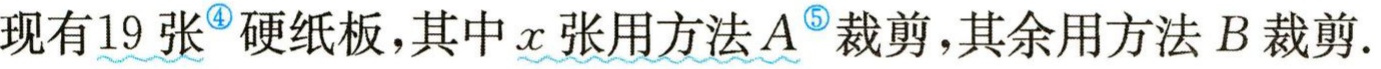
现有19张$^{\textcircled{4}}$硬纸板，其中$x$张用方法$A^{\textcircled{5}}$裁剪，其余用方法$B$裁剪.